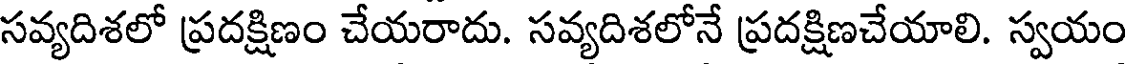
సవ్యదిశలో ప్రదక్షిణం చేయరాదు. సవ్యదిశలోనే ప్రదక్షిణచేయాలి. స్వయం